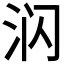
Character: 𰛛